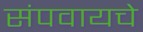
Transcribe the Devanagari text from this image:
संपवायचे